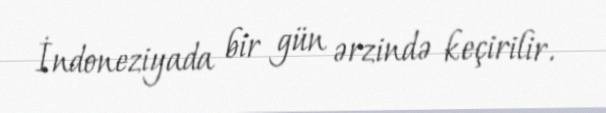
İndoneziyada bir gün ərzində keçirilir.